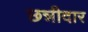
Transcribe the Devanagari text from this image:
छन्नीदार